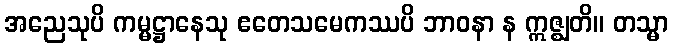
အညေသုပိ ကမ္မဋ္ဌာနေသု ဧတေသမေကဿပိ ဘာဝနာ န ဣဇ္ဈတိ။ တသ္မာ